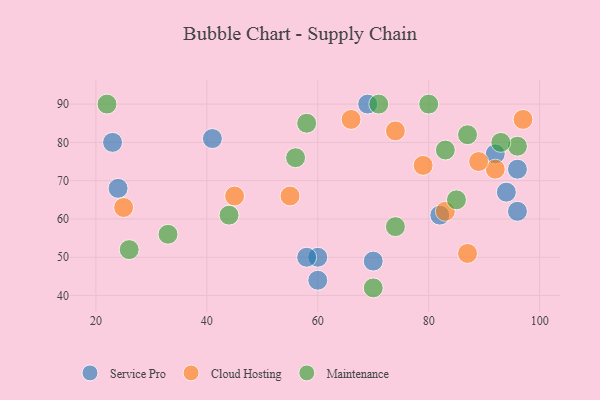
{"axis": {"x": "GDP", "y": "Life Expectancy"}, "legend": ["Cloud Hosting", "Maintenance", "Service Pro"], "data": [{"x": "60", "y": 50, "type": "Service Pro"}, {"x": "24", "y": 68, "type": "Service Pro"}, {"x": "69", "y": 90, "type": "Service Pro"}, {"x": "96", "y": 73, "type": "Service Pro"}, {"x": "92", "y": 77, "type": "Service Pro"}, {"x": "41", "y": 81, "type": "Service Pro"}, {"x": "60", "y": 44, "type": "Service Pro"}, {"x": "94", "y": 67, "type": "Service Pro"}, {"x": "82", "y": 61, "type": "Service Pro"}, {"x": "58", "y": 50, "type": "Service Pro"}, {"x": "96", "y": 62, "type": "Service Pro"}, {"x": "23", "y": 80, "type": "Service Pro"}, {"x": "70", "y": 49, "type": "Service Pro"}, {"x": "87", "y": 51, "type": "Cloud Hosting"}, {"x": "66", "y": 86, "type": "Cloud Hosting"}, {"x": "92", "y": 73, "type": "Cloud Hosting"}, {"x": "97", "y": 86, "type": "Cloud Hosting"}, {"x": "25", "y": 63, "type": "Cloud Hosting"}, {"x": "83", "y": 62, "type": "Cloud Hosting"}, {"x": "79", "y": 74, "type": "Cloud Hosting"}, {"x": "74", "y": 83, "type": "Cloud Hosting"}, {"x": "45", "y": 66, "type": "Cloud Hosting"}, {"x": "89", "y": 75, "type": "Cloud Hosting"}, {"x": "55", "y": 66, "type": "Cloud Hosting"}, {"x": "80", "y": 90, "type": "Maintenance"}, {"x": "71", "y": 90, "type": "Maintenance"}, {"x": "26", "y": 52, "type": "Maintenance"}, {"x": "44", "y": 61, "type": "Maintenance"}, {"x": "56", "y": 76, "type": "Maintenance"}, {"x": "83", "y": 78, "type": "Maintenance"}, {"x": "70", "y": 42, "type": "Maintenance"}, {"x": "58", "y": 85, "type": "Maintenance"}, {"x": "96", "y": 79, "type": "Maintenance"}, {"x": "74", "y": 58, "type": "Maintenance"}, {"x": "87", "y": 82, "type": "Maintenance"}, {"x": "93", "y": 80, "type": "Maintenance"}, {"x": "85", "y": 65, "type": "Maintenance"}, {"x": "22", "y": 90, "type": "Maintenance"}, {"x": "33", "y": 56, "type": "Maintenance"}]}